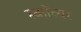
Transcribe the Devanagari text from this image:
स्काॅव्यर